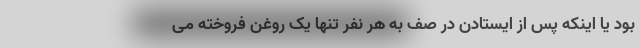
بود یا اینکه پس از ایستادن در صف به هر نفر تنها یک روغن فروخته می